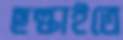
ছল্‌কাইতে